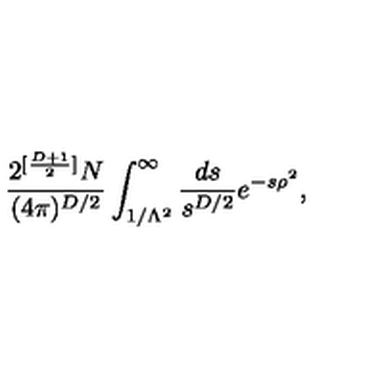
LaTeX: \frac { 2 ^ { [ \frac { D + 1 } { 2 } ] } N } { ( 4 \pi ) ^ { D / 2 } } \int _ { 1 / \Lambda ^ { 2 } } ^ { \infty } \frac { d s } { s ^ { D / 2 } } e ^ { - s \rho ^ { 2 } } ,